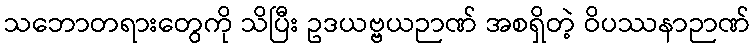
သဘောတရားတွေကို သိပြီး ဥဒယဗ္ဗယဉာဏ် အစရှိတဲ့ ဝိပဿနာဉာဏ်